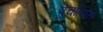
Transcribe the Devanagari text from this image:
पंचोलास